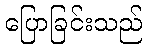
ပြောခြင်းသည်